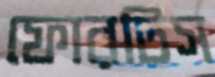
ফোরটিস